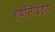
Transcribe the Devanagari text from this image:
हर्बीसाइड्स